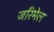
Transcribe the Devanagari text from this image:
जरिमेल